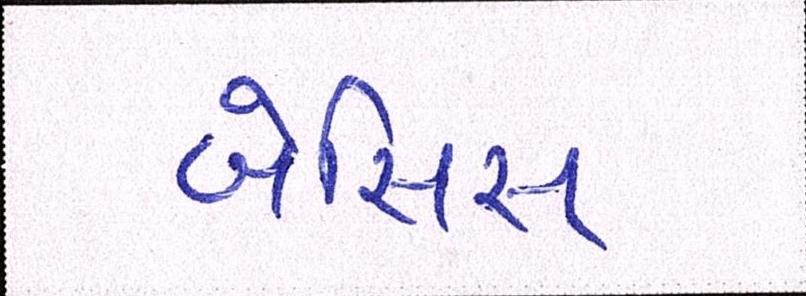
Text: બેસિસ